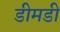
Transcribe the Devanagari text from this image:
डीमडी